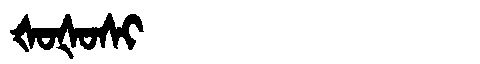
Manchu: ᡧᠣᡧᠣᠰᡳ
Romanization: ŠOŠOSI